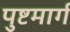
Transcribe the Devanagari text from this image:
पुष्टमार्ग